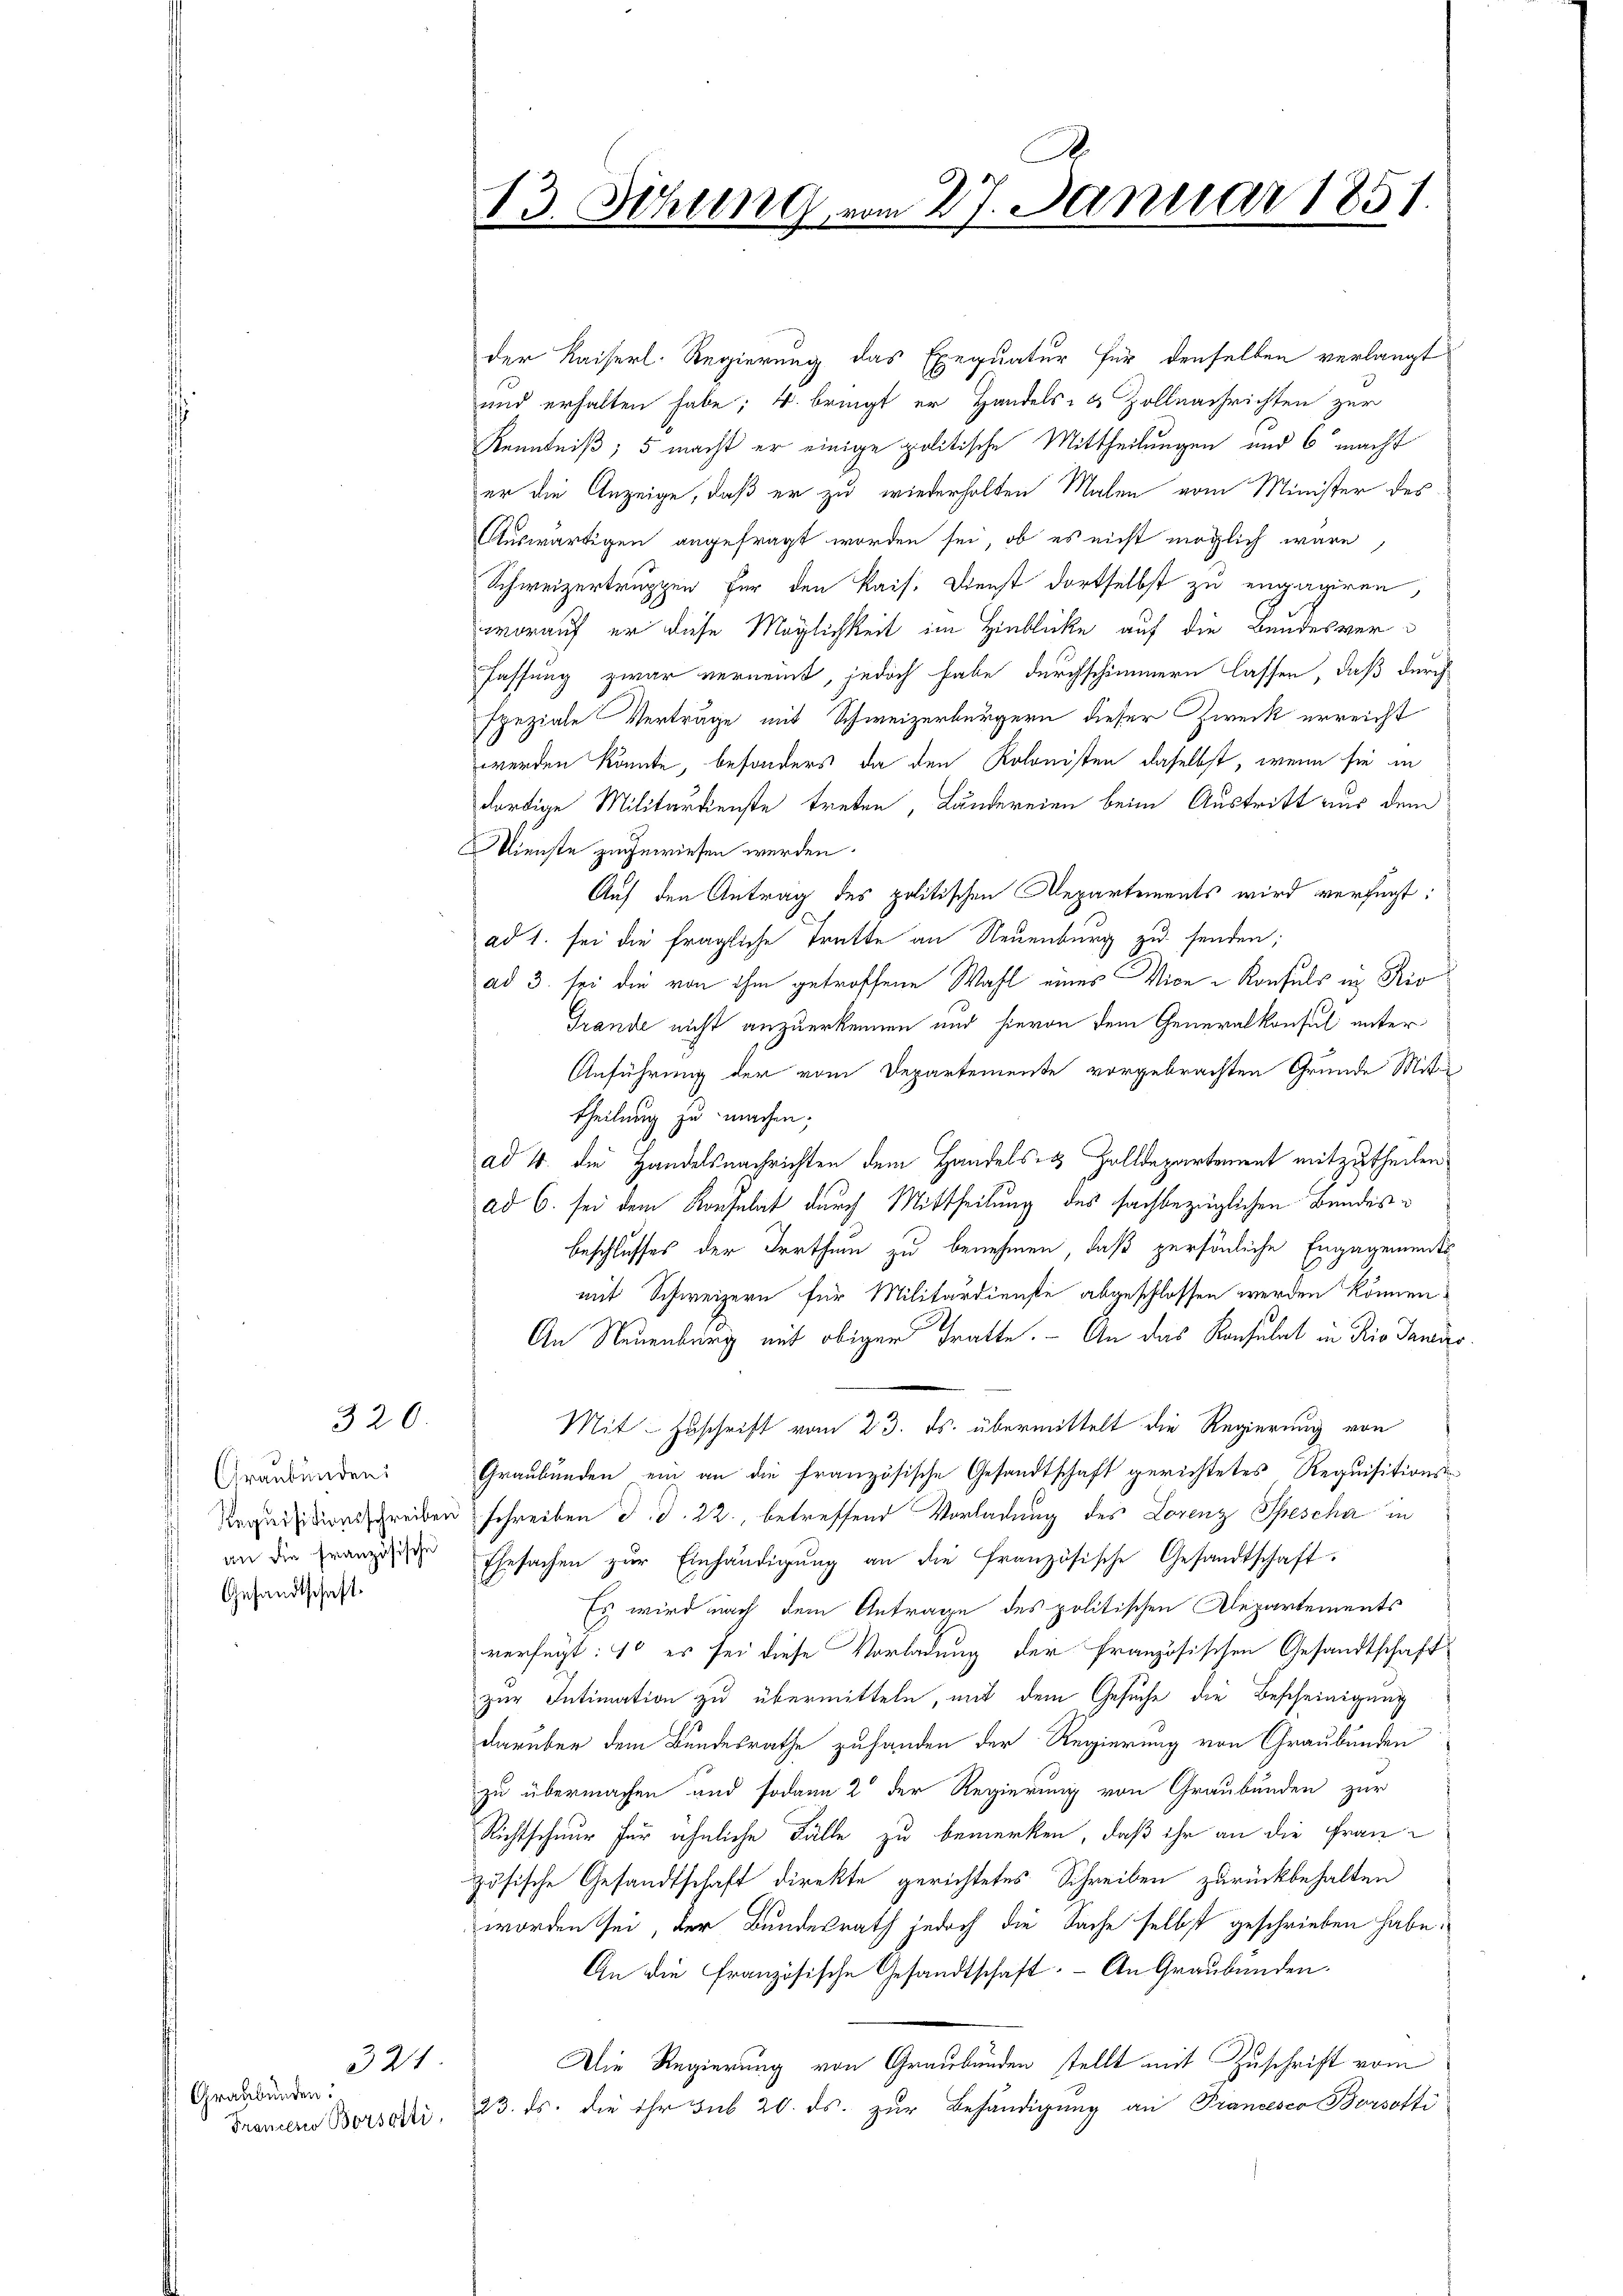
Graubünden.

320.

Graubünden.
Gesandtschaft.

321

der Kaiserl. Regierung das Exequatur für denselben verlangt
und erhalten habe; 4. bringt er Handels- & Zoll nachrichten zur
Kenntniß; 5 macht er einige politische Mittheilungen und 6 macht
er die Anzeige, daß er zu wiederholten Malen vom Minister des
Auswärtigen angefragt worden sei, ob es nicht möglich wäre,
Schweizertruppen für den Kais. Dienst dortselbst zu engagiren,
worauf er diese Möglichkeit im Hinblicke auf die Bandesverfassung zwar verneint, jedoch habe durchschimmern lassen, daß durch
speziale Verträge mit Schweizerbürgern dieser Zweck erreicht
werden könnte, besonders da den Kolonisten daselbst, wenn sie in
dortige Militärdienste treten, Ländereien beim Austritt aus dem
Nienste zugewiesen werden.
Auf den Antrag des politischen Departements wird verfügt:
ad 1. sei die fragliche Tratte an Neuenburg zu senden;
ad 3. sei die von ihm getroffene Wahl eines Vice-Konsuls in Rio
Grande nicht anzuerkennen und hievon dem Generalkonsul unter
Anführung der vom Departemente vorgebrachten Grunde Mit
theilung zu machen;
ad 4. die Handelsnachrichten dem Handels- & Zolldepartement mitzutheilen
ad 6. sei dem Konsulat durch Mittheilung des sachbezüglichen Bundes¬
Beschlusses der Irrthum zu benehmen, daß persönliche Engagements
mit Schweizern für Militärdienste abgeschlossen werden können.
An Neuenburg mit obiger Tratte. - An das Konsulat in die Janis
Mit Zuschrift vom 23. ds. übermittelt die Regierung von
Graubünden ein an die französische Gesandtschaft gerichtetes Requisitions-
Requisitionsschreiben schreiben d. d. 22., betreffend Vorladung des Lorenz Spescha in
an die Franzige Ehesachen zŭr Einhändigŭng an die französische Gesandtschaft
Es wird nach dem Antrage des politischen Departements
verfügt: 10 es sei diese Vorladung der französischen Gesandtschaft
zur Intimation zu übermitteln, mit dem Gesuche die Bescheinigung
darüber dem Bundesrathe zuhanden der Regierung von Graubünden
zu übermachen und sodann 2 der Regierung von Graubünden zur
Richtschnur für ähnliche Fälle zu bemerken, daß ihr an die Frauzösische Gesandtschaft direkte gerichtetes Schreiben zurückbehalten
worden sei, der Bundesrath jedoch die Sache selbst geschrieben habe.
An die Französische Gesandtschaft. – An Graubünden.
Die Regierung von Graubünden stellt mit Zuschrift vom
Franzen Borsati, 23. ds. die ihr sub 20. ds. zur Behändigung an Francesco Borsotte

13. Ithung vom 27. Januar 1851.